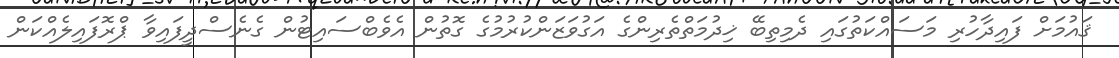
ޤައުމަށް ފައިދާހުރި މަސައްކަތުގައި ދެމިތިބޭ ޚިދުމަތްތެރިންގެ އަގުވަޒަންކުރުމުގެ ގޮތުން އެވެބްސައިޓުން ގެނެސްދީފައިވާ ޕްރޮފައިލެއްކަން